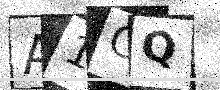
Text: A1CQ